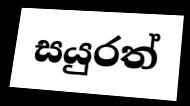
සයුරත්